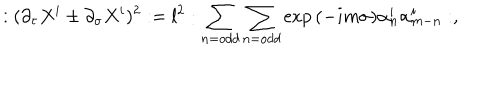
LaTeX: : ( \partial _ { \tau } X ^ { i } \pm \partial _ { \sigma } X ^ { i } ) ^ { 2 } : = l ^ { 2 } : \sum _ { n = o d d } \sum _ { n = o d d } \exp { ( - i m \sigma ) } \alpha _ { n } ^ { i } \alpha _ { m - n } ^ { i } : ,